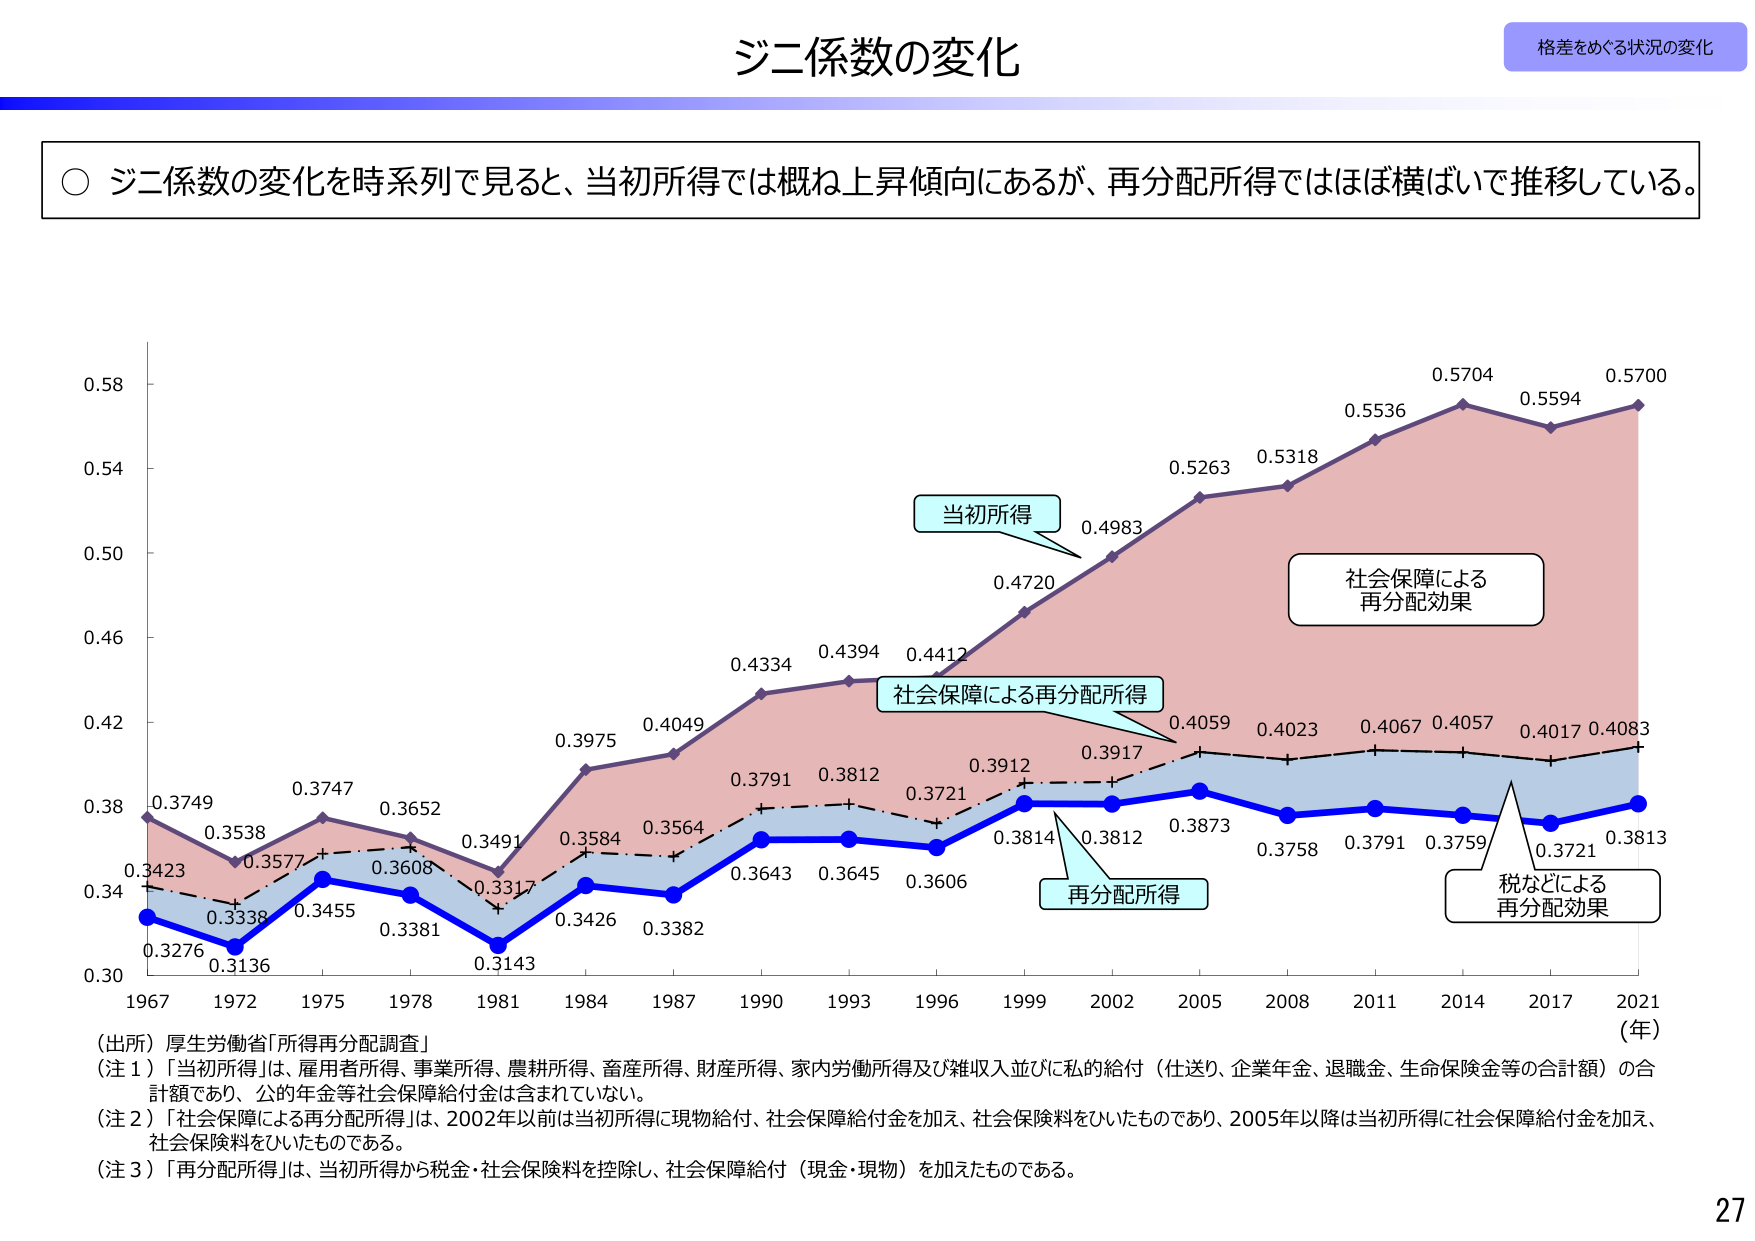
ジニ係数の変化
格差をめぐる状況の変化

○ ジニ係数の変化を時系列で見ると、当初所得では概ね上昇傾向にあるが、再分配所得ではほぼ横ばいで推移している。

0.58
0.54
0.50
0.46
0.42
0.38
0.34
0.30

1967 1972 1975 1978 1981 1984 1987 1990 1993 1996 1999 2002 2005 2008 2011 2014 2017 2021
(年)

当初所得
0.3749
0.3538
0.3747
0.3652
0.3491
0.3975
0.4049
0.4334
0.4394
0.4412
0.4720
0.4983
0.5263
0.5318
0.5536
0.5704
0.5594
0.5700

社会保障による再分配所得
0.3423
0.3338
0.3455
0.3608
0.3317
0.3584
0.3564
0.3791
0.3812
0.3721
0.3912
0.3917
0.4059
0.4023
0.4067
0.4057
0.4017
0.4083

再分配所得
0.3276
0.3136
0.3381
0.3143
0.3426
0.3382
0.3643
0.3645
0.3606
0.3814
0.3812
0.3873
0.3758
0.3791
0.3759
0.3721
0.3813

社会保障による
再分配効果

税などによる
再分配効果

（出所）厚生労働省「所得再分配調査」
（注１）「当初所得」は、雇用者所得、事業所得、農林所得、畜産所得、財産所得、家内労働所得及び雑収入並びに私的給付（仕送り、企業年金、退職金、生命保険金等の合計額）の合計額であり、公的年金等社会保障給付金は含まれていない。
（注２）「社会保障による再分配所得」は、2002年以前は当初所得に現物給付、社会保障給付金を加え、社会保険料をひいたものであり、2005年以降は当初所得に社会保障給付金を加え、社会保険料をひいたものである。
（注３）「再分配所得」は、当初所得から税金・社会保険料を控除し、社会保障給付（現金・現物）を加えたものである。

27